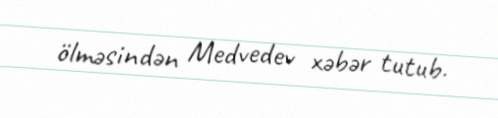
ölməsindən Medvedev xəbər tutub.